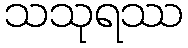
သသုရဿ